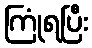
ကြုံရပြီး